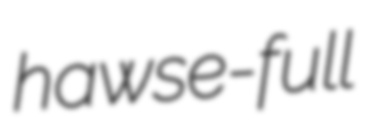
hawse-full